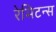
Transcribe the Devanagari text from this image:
रेमिटन्स